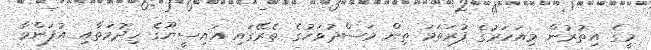
މީގެ އިތުރުން މިއަހަރުގެ ފުރަތަމަ ތިން މަސްދުވަހުގެ ތެރޭގައި އައިސީޔޫގެ ހިދުމަތާއި އުފަންވާ